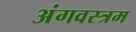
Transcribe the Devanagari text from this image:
अंगवस्त्रम